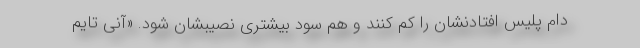
دام پلیس افتادنشان را کم کنند و هم سود بیشتری نصیبشان شود. «آنی تایم